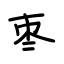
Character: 枣